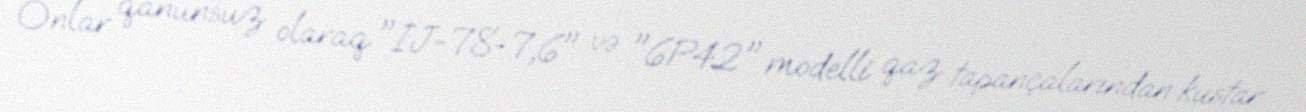
Onlar qanunsuz olaraq "İJ-78-7,6" və "6P42" modelli qaz tapançalarından kustar